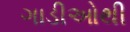
ગાડીઓથી